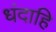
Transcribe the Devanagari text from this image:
धंदाहि